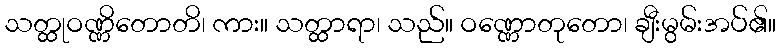
သတ္ထုဝဏ္ဏိတောတိ၊ ကား။ သတ္ထာရာ၊ သည်။ ဝဏ္ဏောတုတော၊ ချီးမွမ်းအပ်၏။